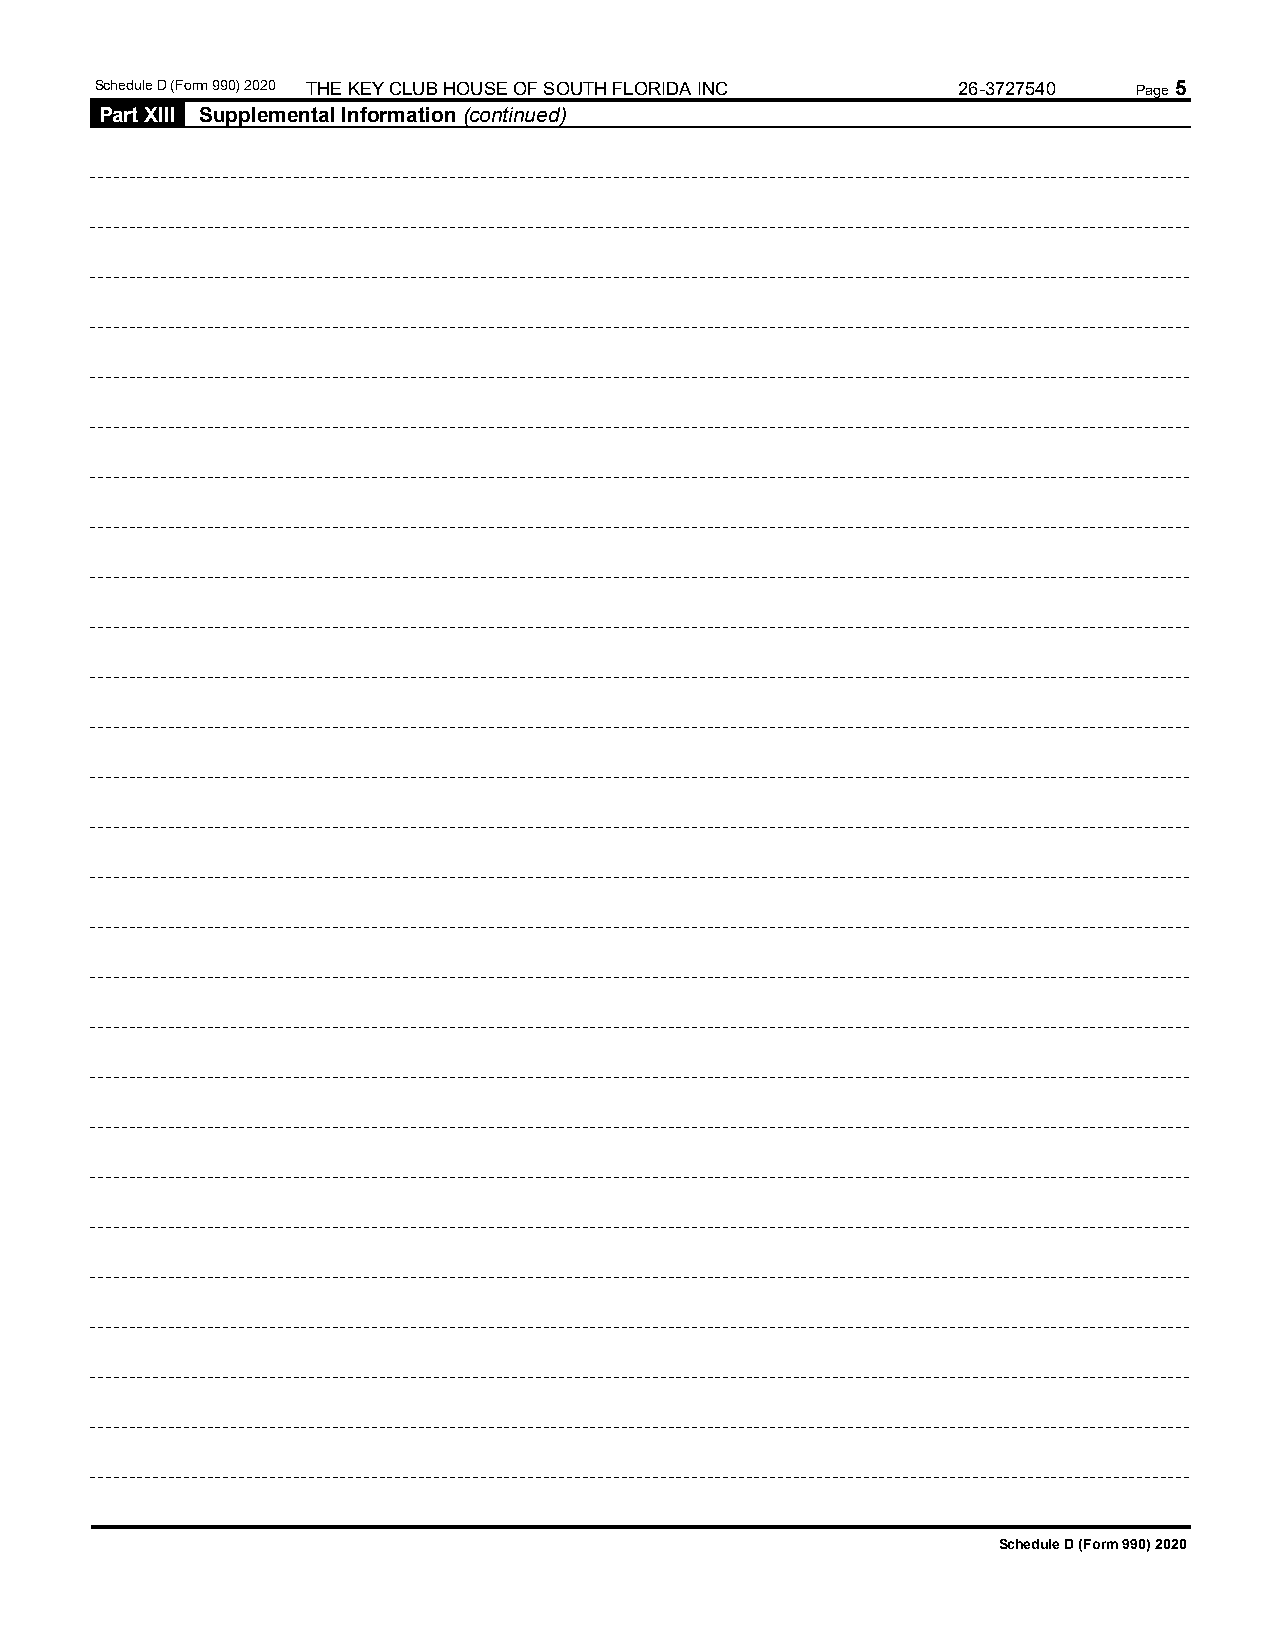
Schedule D (Form 990) 2020 THE KEY CLUB HOUSE OF SOUTH FLORIDA INC 26-3727540 Page 5
 Part XIII Supplemental Information (continued)
 Schedule D (Form 990) 2020